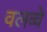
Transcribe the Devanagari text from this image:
वलव्वे